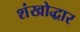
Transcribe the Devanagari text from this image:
शंखोद्धार